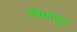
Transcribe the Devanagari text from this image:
स्त्रियातून